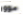
موور